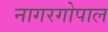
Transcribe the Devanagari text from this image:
नागरगोपाल